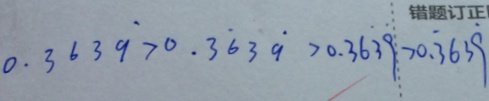
0 . 3 6 3 \dot { 9 } > 0 . 3 \dot { 6 } 3 \dot { 9 } > 0 . 3 6 \dot { 3 } \dot { 9 } > 0 . \dot { 3 } 6 3 \dot { 9 }